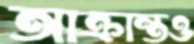
আক্রান্তও